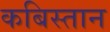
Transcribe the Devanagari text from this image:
कबिस्तान